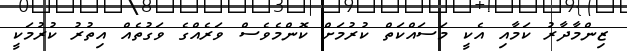
ޒިންމާދާރު ކަމާއި އެކީ މަސައްކަތް ކުރުމަށް ކޮންމެވެސް ވަރެއްގެ ވަގުތެއް އިތުރު ކުރުމަކީ